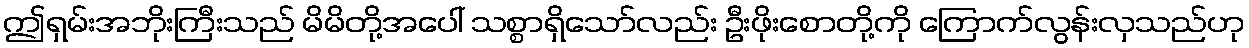
ဤရှမ်းအဘိုးကြီးသည် မိမိတို့အပေါ် သစ္စာရှိသော်လည်း ဦးဖိုးစောတို့ကို ကြောက်လွန်းလှသည်ဟု